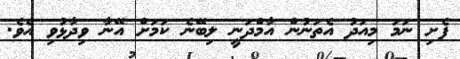
ފެށި ނަމަ މިއަދު އެތަނުން އާމްދަނީ ލިބޭނެ ކަމަށް އޭނާ ވިދާޅުވި އެވެ.